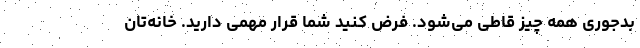
بدجوری همه چیز قاطی می‌شود. فرض کنید شما قرار مهمی دارید. خانه‌تان